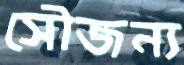
সৌজন্য